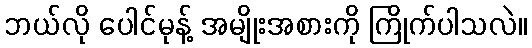
ဘယ်လို ပေါင်မုန့် အမျိုးအစားကို ကြိုက်ပါသလဲ။